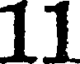
11